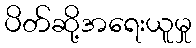
ပိတ်ဆို့အရေးယူမှု